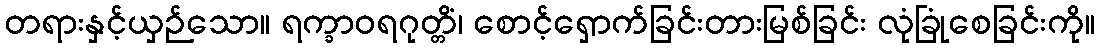
တရားနှင့်ယှဉ်သော။ ရက္ခာဝရဂုတ္တိံ၊ စောင့်ရှောက်ခြင်းတားမြစ်ခြင်း လုံခြုံစေခြင်းကို။